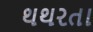
થથરતા